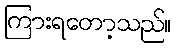
ကြားရတော့သည်။